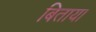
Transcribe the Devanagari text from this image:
बिताया